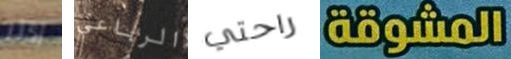
أكثر الرباعي راحتي المشوقة